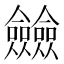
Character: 𠑲